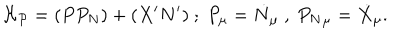
LaTeX: { \cal H _ { P } } = ( P P _ { N } ) + ( X ^ { \prime } N ^ { \prime } ) ~ ; ~ P _ { \mu } = \dot { N } _ { \mu } ~ , ~ { P _ { N } } _ { \mu } = \dot { X } _ { \mu } .